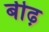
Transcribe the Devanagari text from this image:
बीढ़